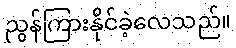
ညွန်ကြားနိုင်ခဲ့လေသည်။